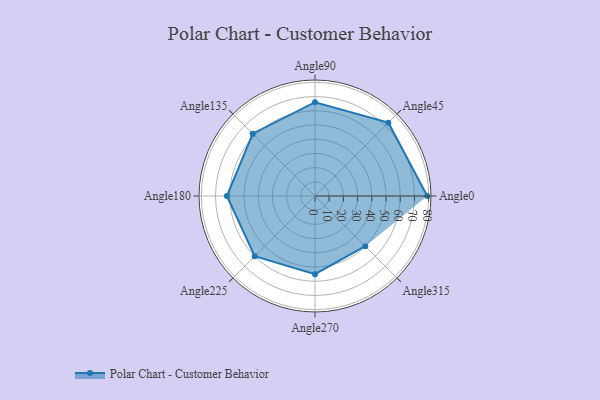
{"axis": {"x": "Angle", "y": "Radius"}, "legend": [""], "data": [{"x": "Angle0", "y": 79.0, "type": ""}, {"x": "Angle45", "y": 73.0, "type": ""}, {"x": "Angle90", "y": 66.0, "type": ""}, {"x": "Angle135", "y": 62.0, "type": ""}, {"x": "Angle180", "y": 62.0, "type": ""}, {"x": "Angle225", "y": 60.0, "type": ""}, {"x": "Angle270", "y": 55.0, "type": ""}, {"x": "Angle315", "y": 50, "type": ""}]}